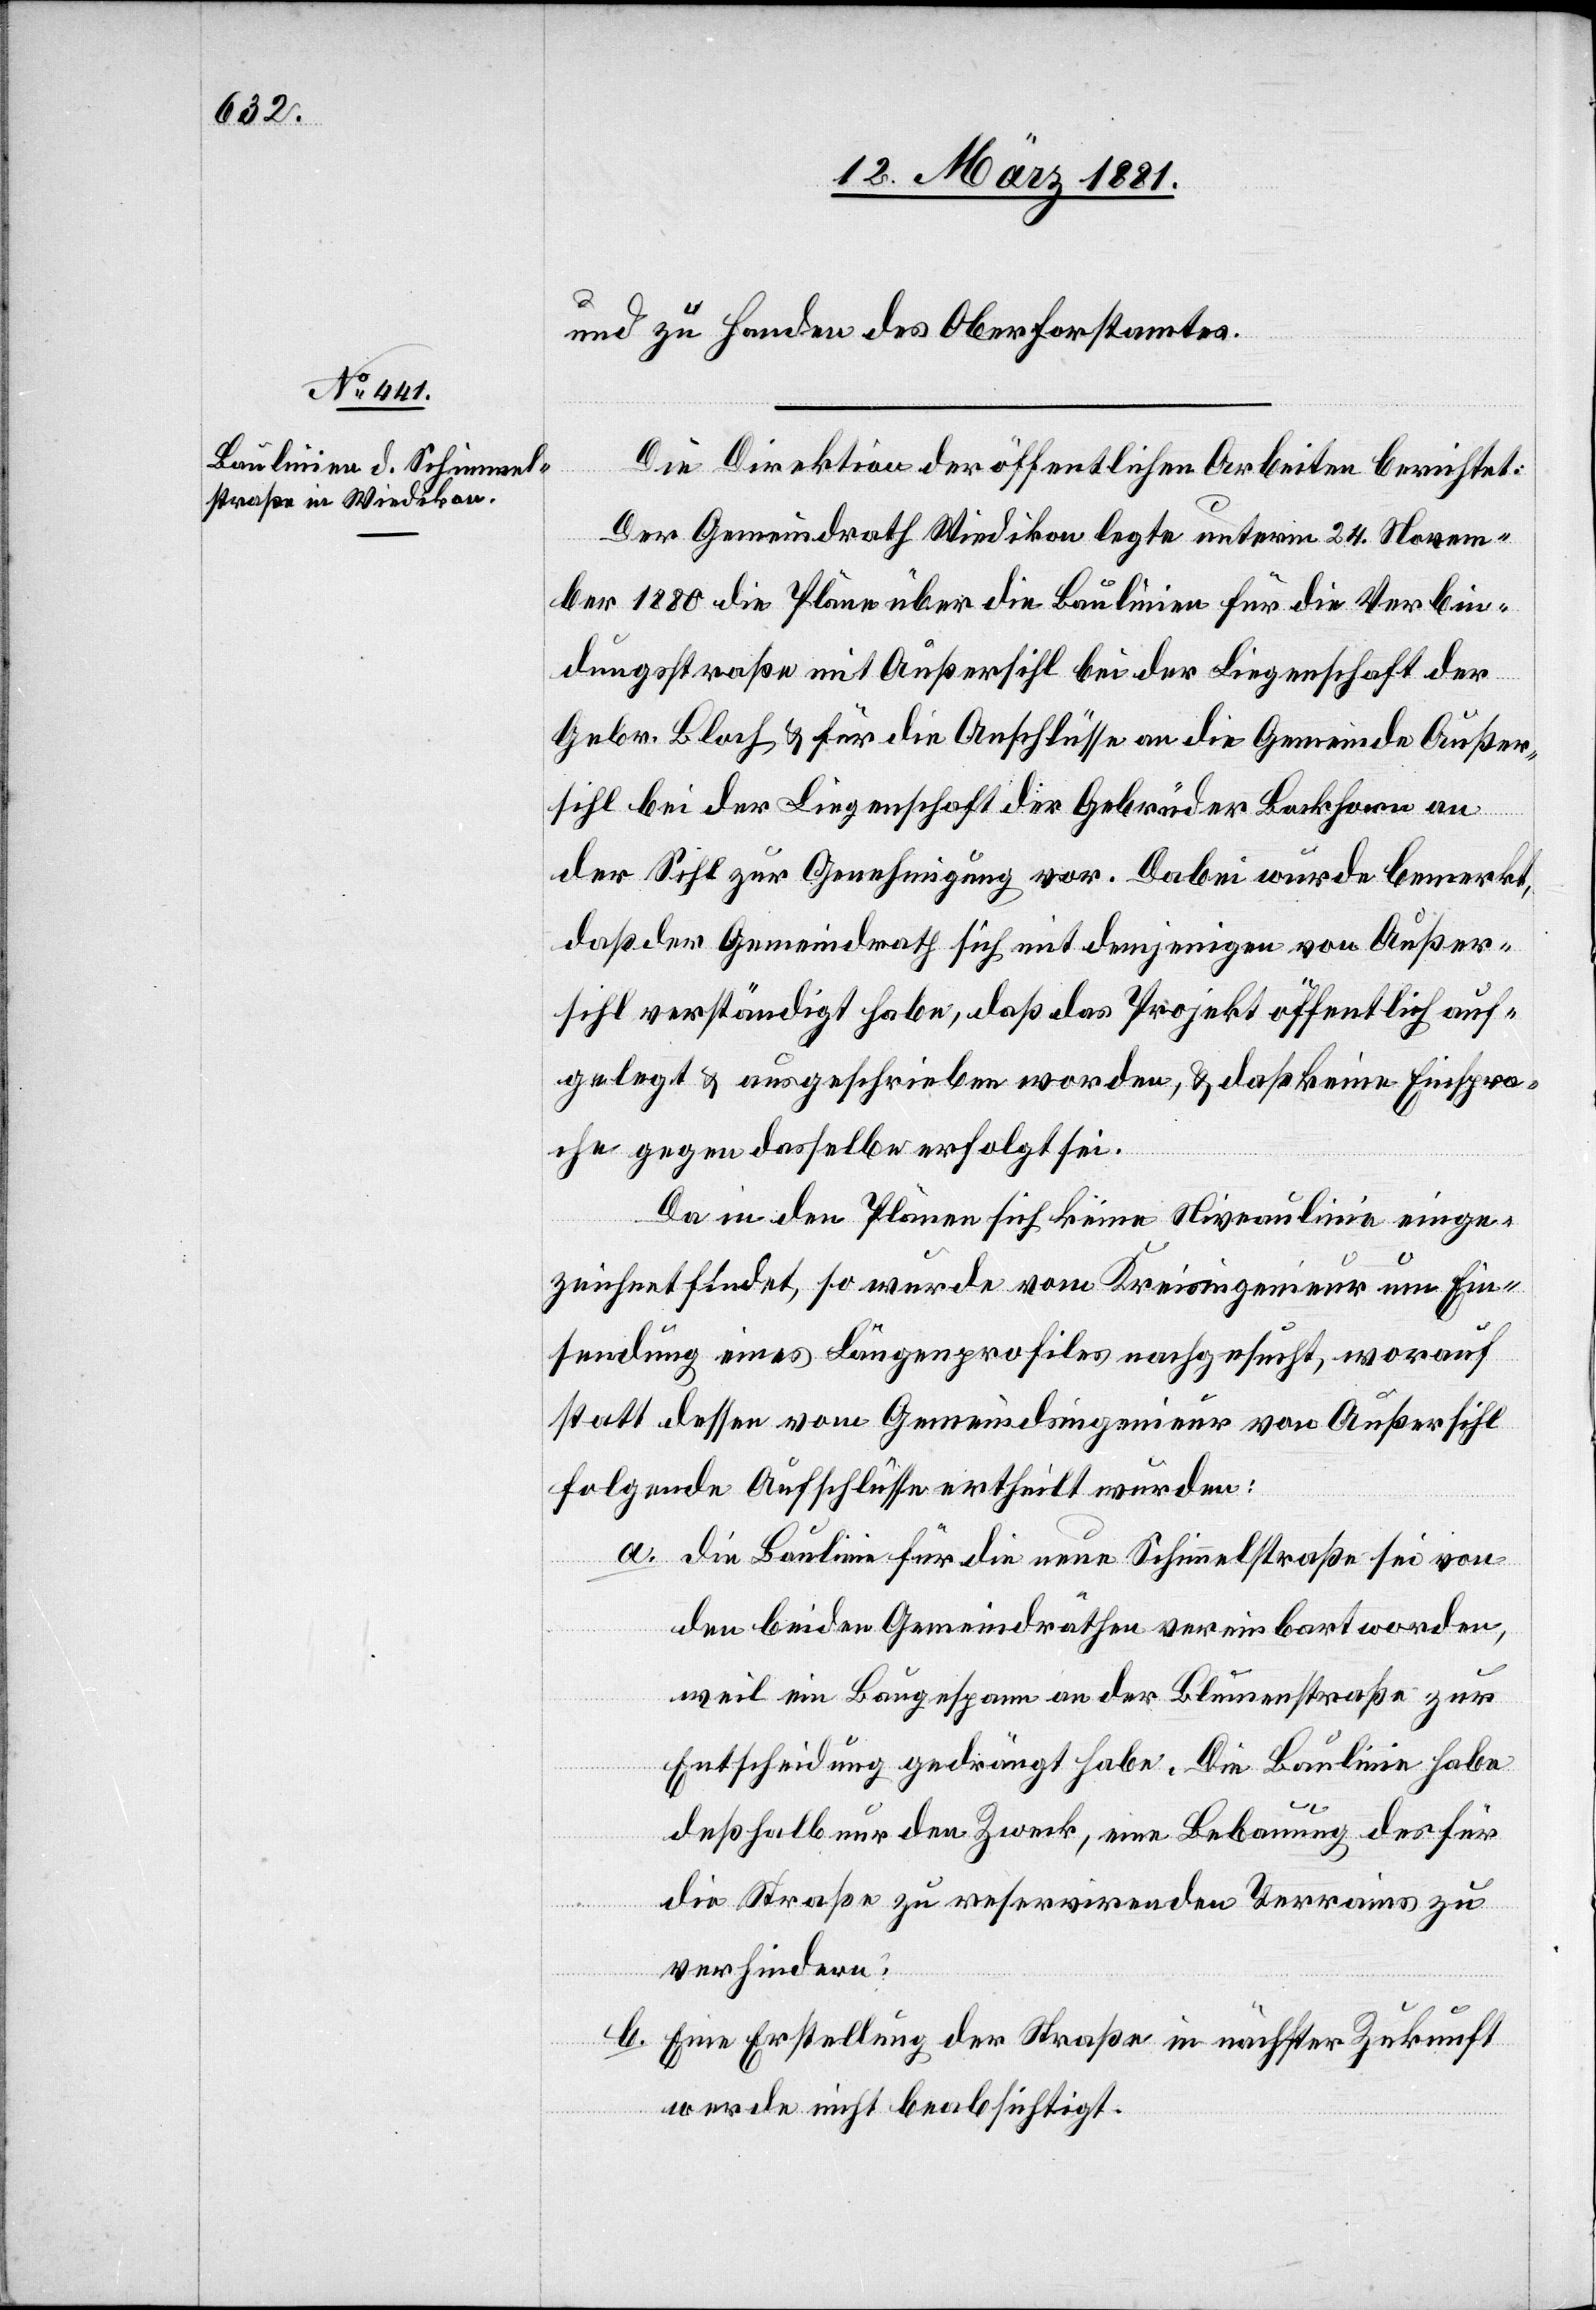
und zu Handen des Oberforstamtes.
Die Direktion der öffentlichen Arbeiten berichtet:
Der Gemeindrath Wiedikon legte unterm 24. Novem¬
ber 1880 die Pläne über die Baulinien für die Verbin¬
dungsstraße mit Außersihl bei der Liegenschaft der
Gebr. Bloch & für die Anschlüsse an die Gemeinde Außer¬
sihl bei der Liegenschaft der Gebrüder Backform an
der Sihl zur Genehmigung vor. Dabei wurde bemerkt,
daß der Gemeindrath für sich mit demjenigen von Außer¬
sihl verständigt habe, daß das Projekt öffentlich auf¬
gelegt & ausgeschrieben worden, & daß keine Einspra¬
che gegen dasselbe erfolgt sei.
Da in den Plänen sich keine Niveaulinie einge¬
zeichnet findet, so wurde vom Kreisingenieur um Ein¬
sendung eines Längenprofils nachgesucht, worauf
statt dessen vom Gemeindsingenieur von Außersihl
folgende Aufschlüsse ertheilt wurden:
a. die Baulinie für die Schimmelstraße sei vo¬
n beiden Gemeindräthen vereinbart worden,
weil ein Baugespann an der Blumenstraße zur
Entscheidung gedrängt habe. Die Baulinie habe
deßhalb nur den Zweck, eine Bebauung des für
die Straße zu reservirenden Terrains zu
verhindern,
b. Eine Erstellung der Straße in nächster Zukunft
werde nicht beabsichtigt